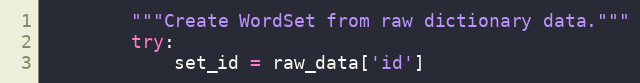
Language: Python
        """Create WordSet from raw dictionary data."""
        try:
            set_id = raw_data['id']